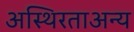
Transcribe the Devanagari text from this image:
अस्थिरताअन्य